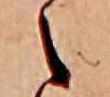
え